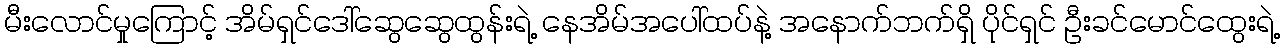
မီးလောင်မှုကြောင့် အိမ်ရှင်ဒေါ်ဆွေဆွေထွန်းရဲ့ နေအိမ်အပေါ်ထပ်နဲ့ အနောက်ဘက်ရှိ ပိုင်ရှင် ဦးခင်မောင်ထွေးရဲ့